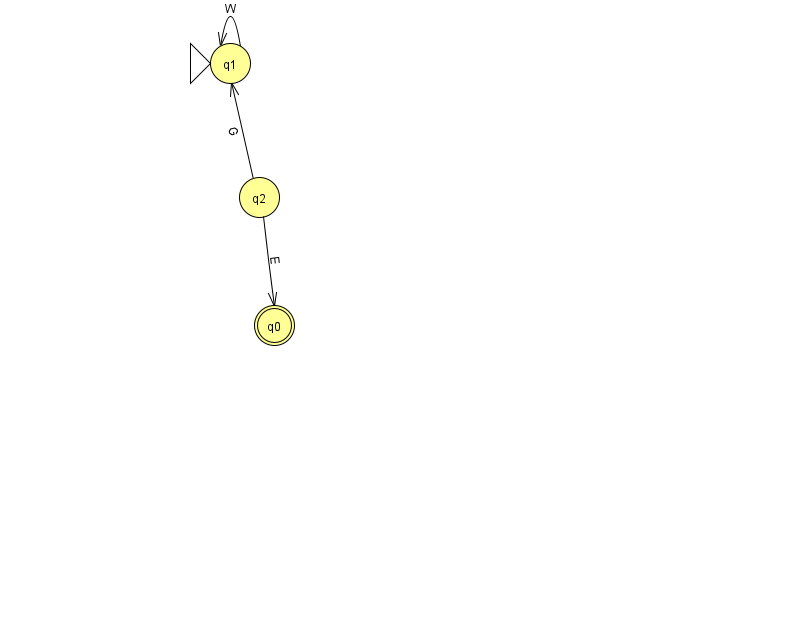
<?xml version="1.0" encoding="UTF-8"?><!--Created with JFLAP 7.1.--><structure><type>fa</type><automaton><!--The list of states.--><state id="0" name="q0"><x>274.0</x><y>312.0</y><final/></state><state id="1" name="q1"><x>230.0</x><y>50.0</y><initial/></state><state id="2" name="q2"><x>259.0</x><y>184.0</y></state><!--The list of transitions.--><transition><from>1</from><to>1</to><read>W</read></transition><transition><from>2</from><to>1</to><read>G</read></transition><transition><from>2</from><to>0</to><read>E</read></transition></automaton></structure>